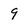
Character: 9